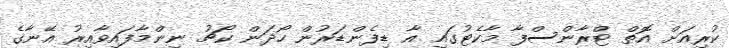
ކުރިއަށް އޮތް ޓްރާންސްފާ މާކެޓުގައި އާ ޑިފެންޑަރުން ހޯދަން ކޯޗު ނިންމާފައިވާއިރު އޭނާގެ